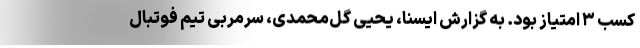
کسب ۳ امتیاز بود. به گزارش ایسنا، یحیی گل‌محمدی، سرمربی تیم فوتبال